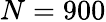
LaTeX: N=900